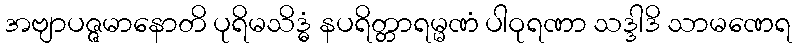
အဗျာပဇ္ဇမာနောတိ ပုရိမသိဒ္ဓံ နပရိတ္တာရမ္မဏံ ပါဝုရဏာ သဒ္ဒါဒိ သာမဏေရ